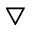
\bigtriangledown